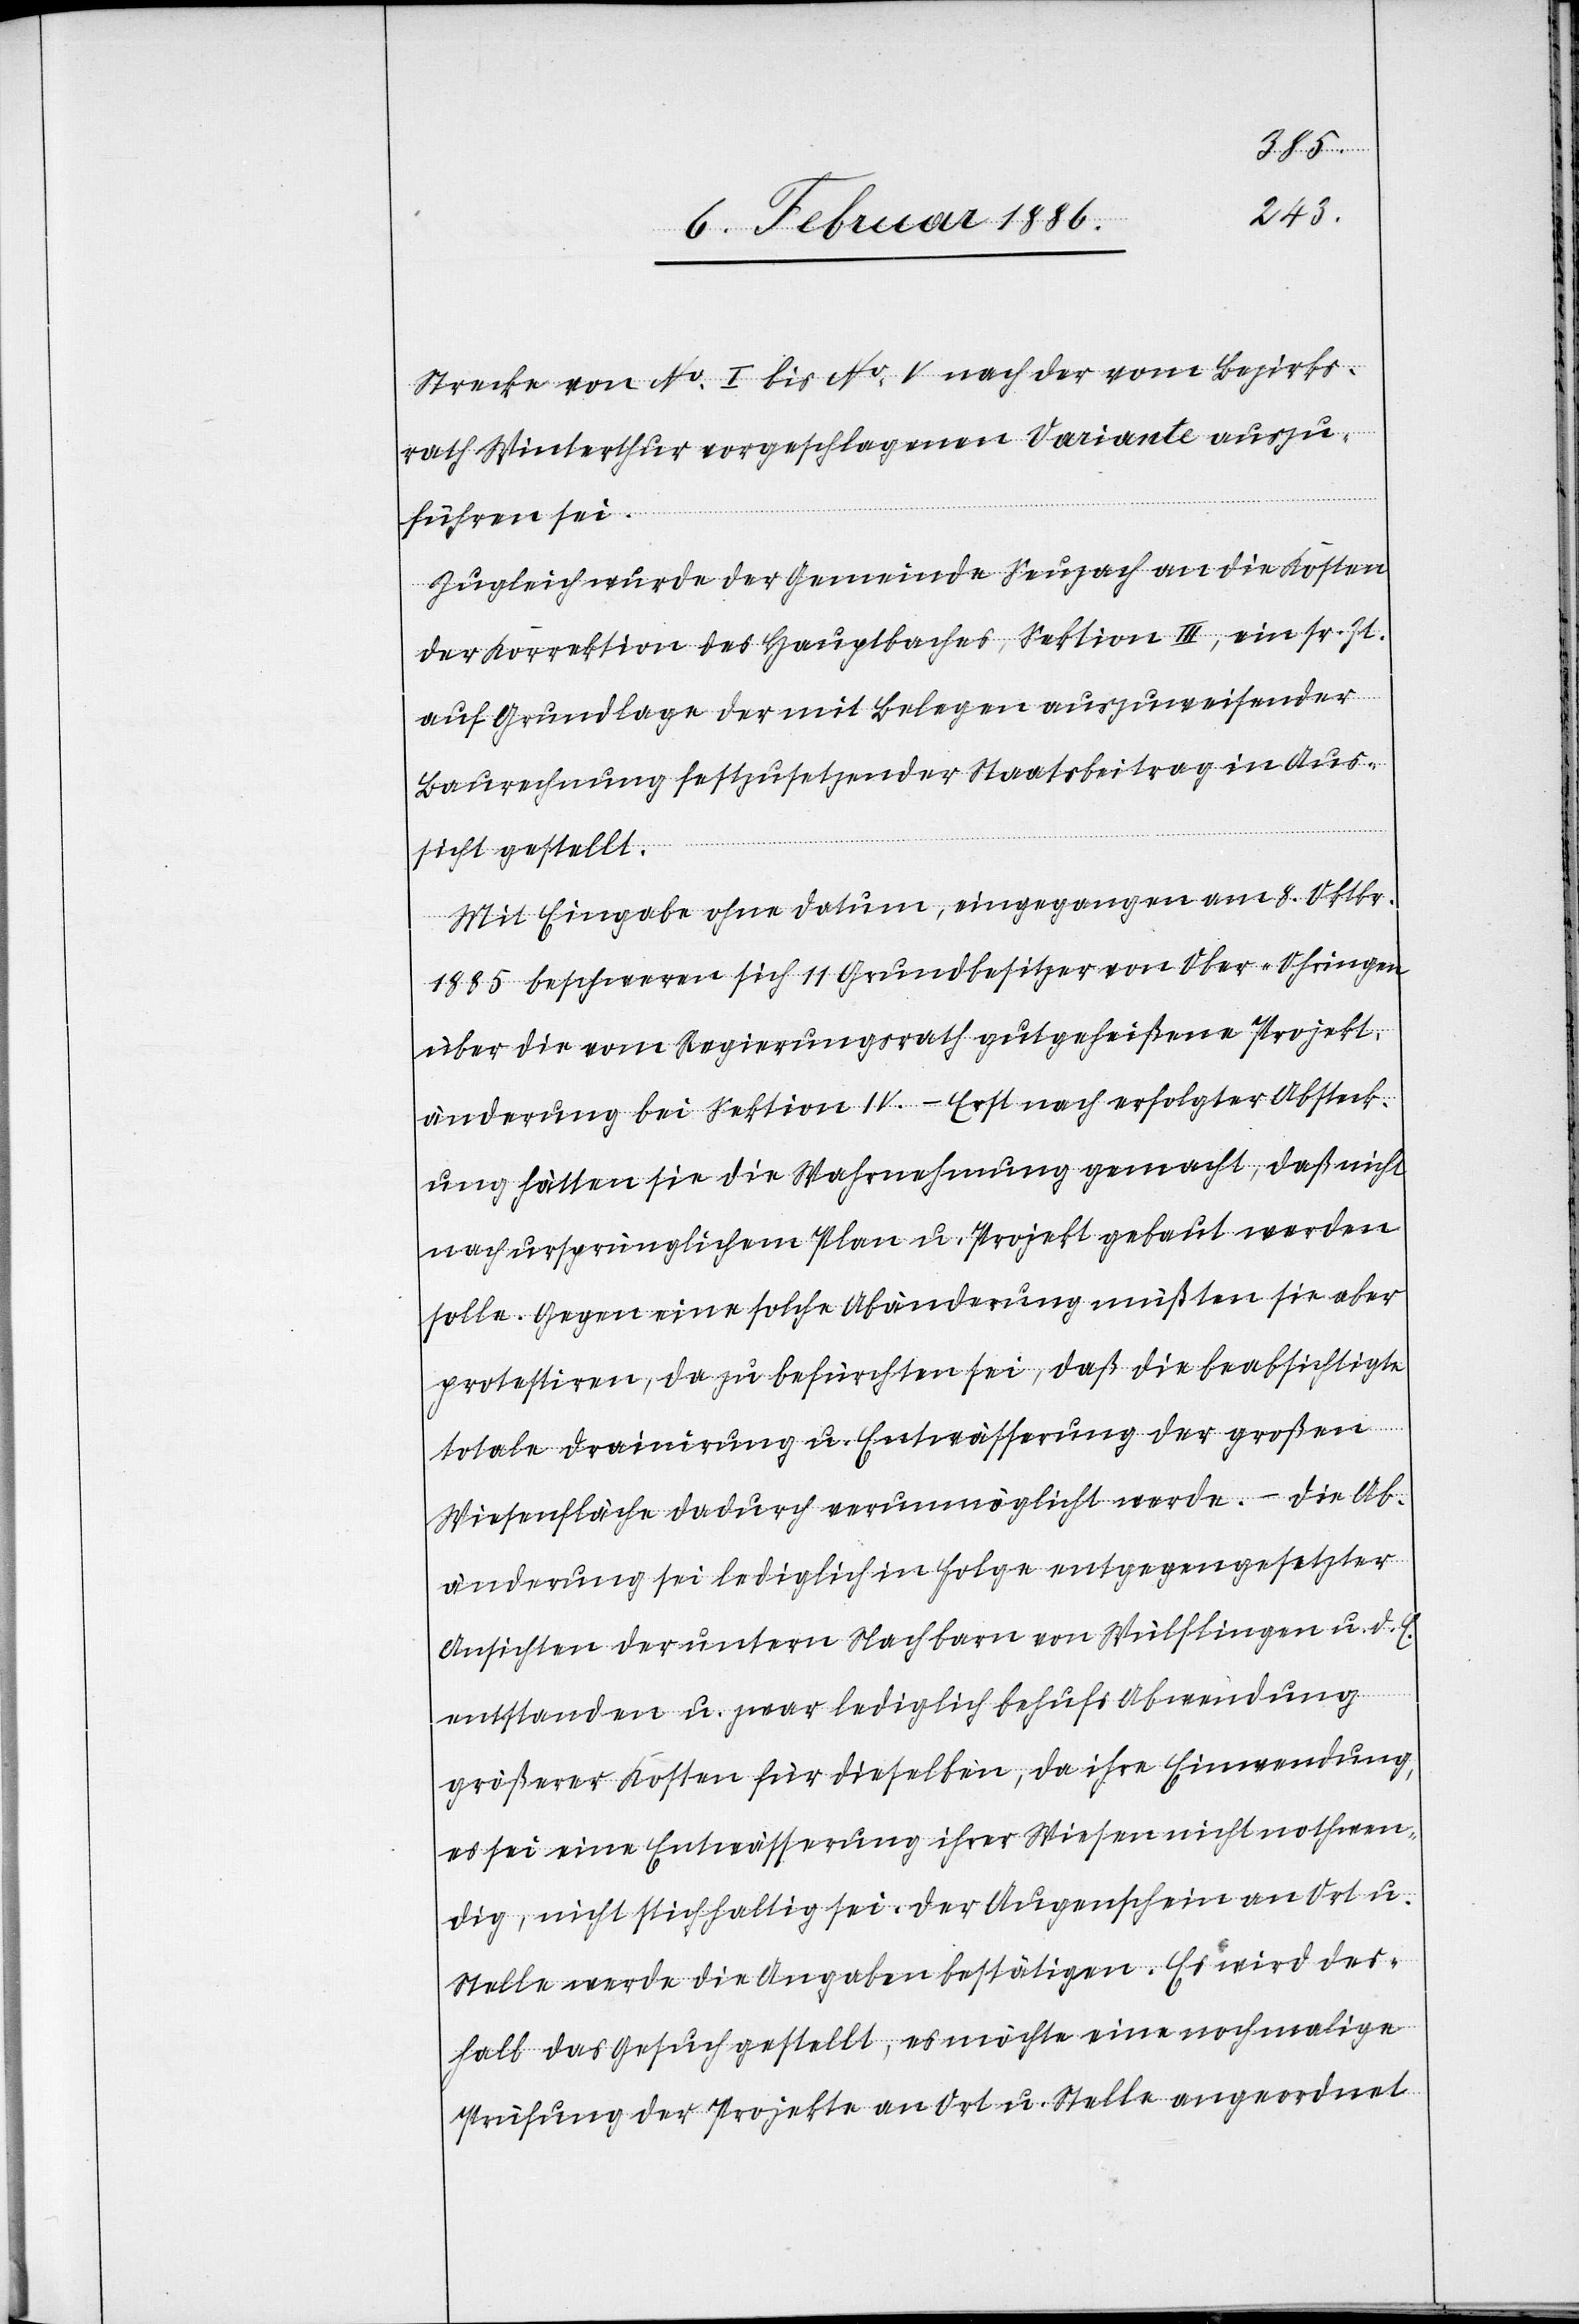
Strecke von No. I bis No. V nach der vom Bezirks¬
rath Winterthur vorgeschlagenen Variante auszu¬
führen sei.
Zugleich wurde der Gemeinde Seuzach an die Kosten
der Korrektion des Hauptbaches, Sektion III, ein sr. Zt.
auf Grundlage der mit Belegen auszuweisender
Baurechnung festzusetzender Staatsbeitrag in Aus¬
sicht gestellt.
Mit Eingabe ohne Datum, eingegangen am 8. Oktobr.
1885 beschweren sich 11 Grundbesitzer von Ober-Ohringen
über die vom Regierungsrath gutgeheißenen Projekt¬
änderungen bei Sektion IV. – Erst nach erfolgter Absteck¬
ung hätten sie die Wahrnehmung gemacht, daß nicht
nach ursprünglichem Plan u. Projekt gebaut werden
solle. Gegen eine solche Abänderung müßten sie aber
protestiren, da zu befürchten sei, daß die beabsichtige
totale Drainierung u. Entwässerung der großen
Wiesenflächen dadurch verunmöglicht werden. – Die Ab¬
änderung sei lediglich in Folge entgegengesetzter
Ansichten der untern Nachbarn von Wülflingen u. d. E.
entstanden u. zwar lediglich behufs Abwendung
größerer Kosten für dieselben, da ihre Einwendung,
es sei eine Entwässerung ihrer Wiesen nicht nothwen¬
dig, nicht stichhaltig sei. Der Augenschein an Ort u.
Stelle werde die Angaben bestätigen. Es wird des¬
halb das Gesuch gestellt, es möchte eine nochmalige
Prüfung der Projekte an Ort u. Stelle angeordnet